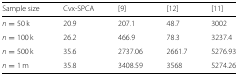
| Sample size | Cvx-SPCA | [9] | [12] | [11] |
 | --- | --- | --- | --- | --- |
 | n=50 k | 20.9 | 207.1 | 48.7 | 3002 |
 | n=100k | 26.2 | 466.9 | 78.3 | 3237.4 |
 | n=500 k | 35.6 | 2737.06 | 2661.7 | 5276.93 |
 | n=1m | 35.8 | 3408.59 | 3568 | 5274.26 |